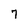
Character: 7